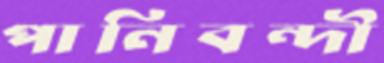
পানিবন্দী